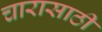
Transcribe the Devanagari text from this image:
चारासाठी